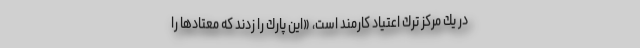
در يك مركز ترك اعتياد كارمند است، «اين پارك را زدند كه معتادها را